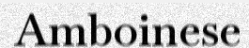
Amboinese